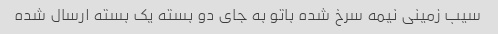
سیب زمینی نیمه سرخ شده باتو به جای دو بسته یک بسته ارسال شده